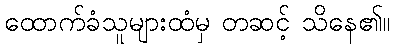
ထောက်ခံသူများထံမှ တဆင့် သိနေ၏။